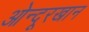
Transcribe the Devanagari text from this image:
ओन्दूरखान